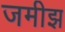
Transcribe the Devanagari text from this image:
जमीझ